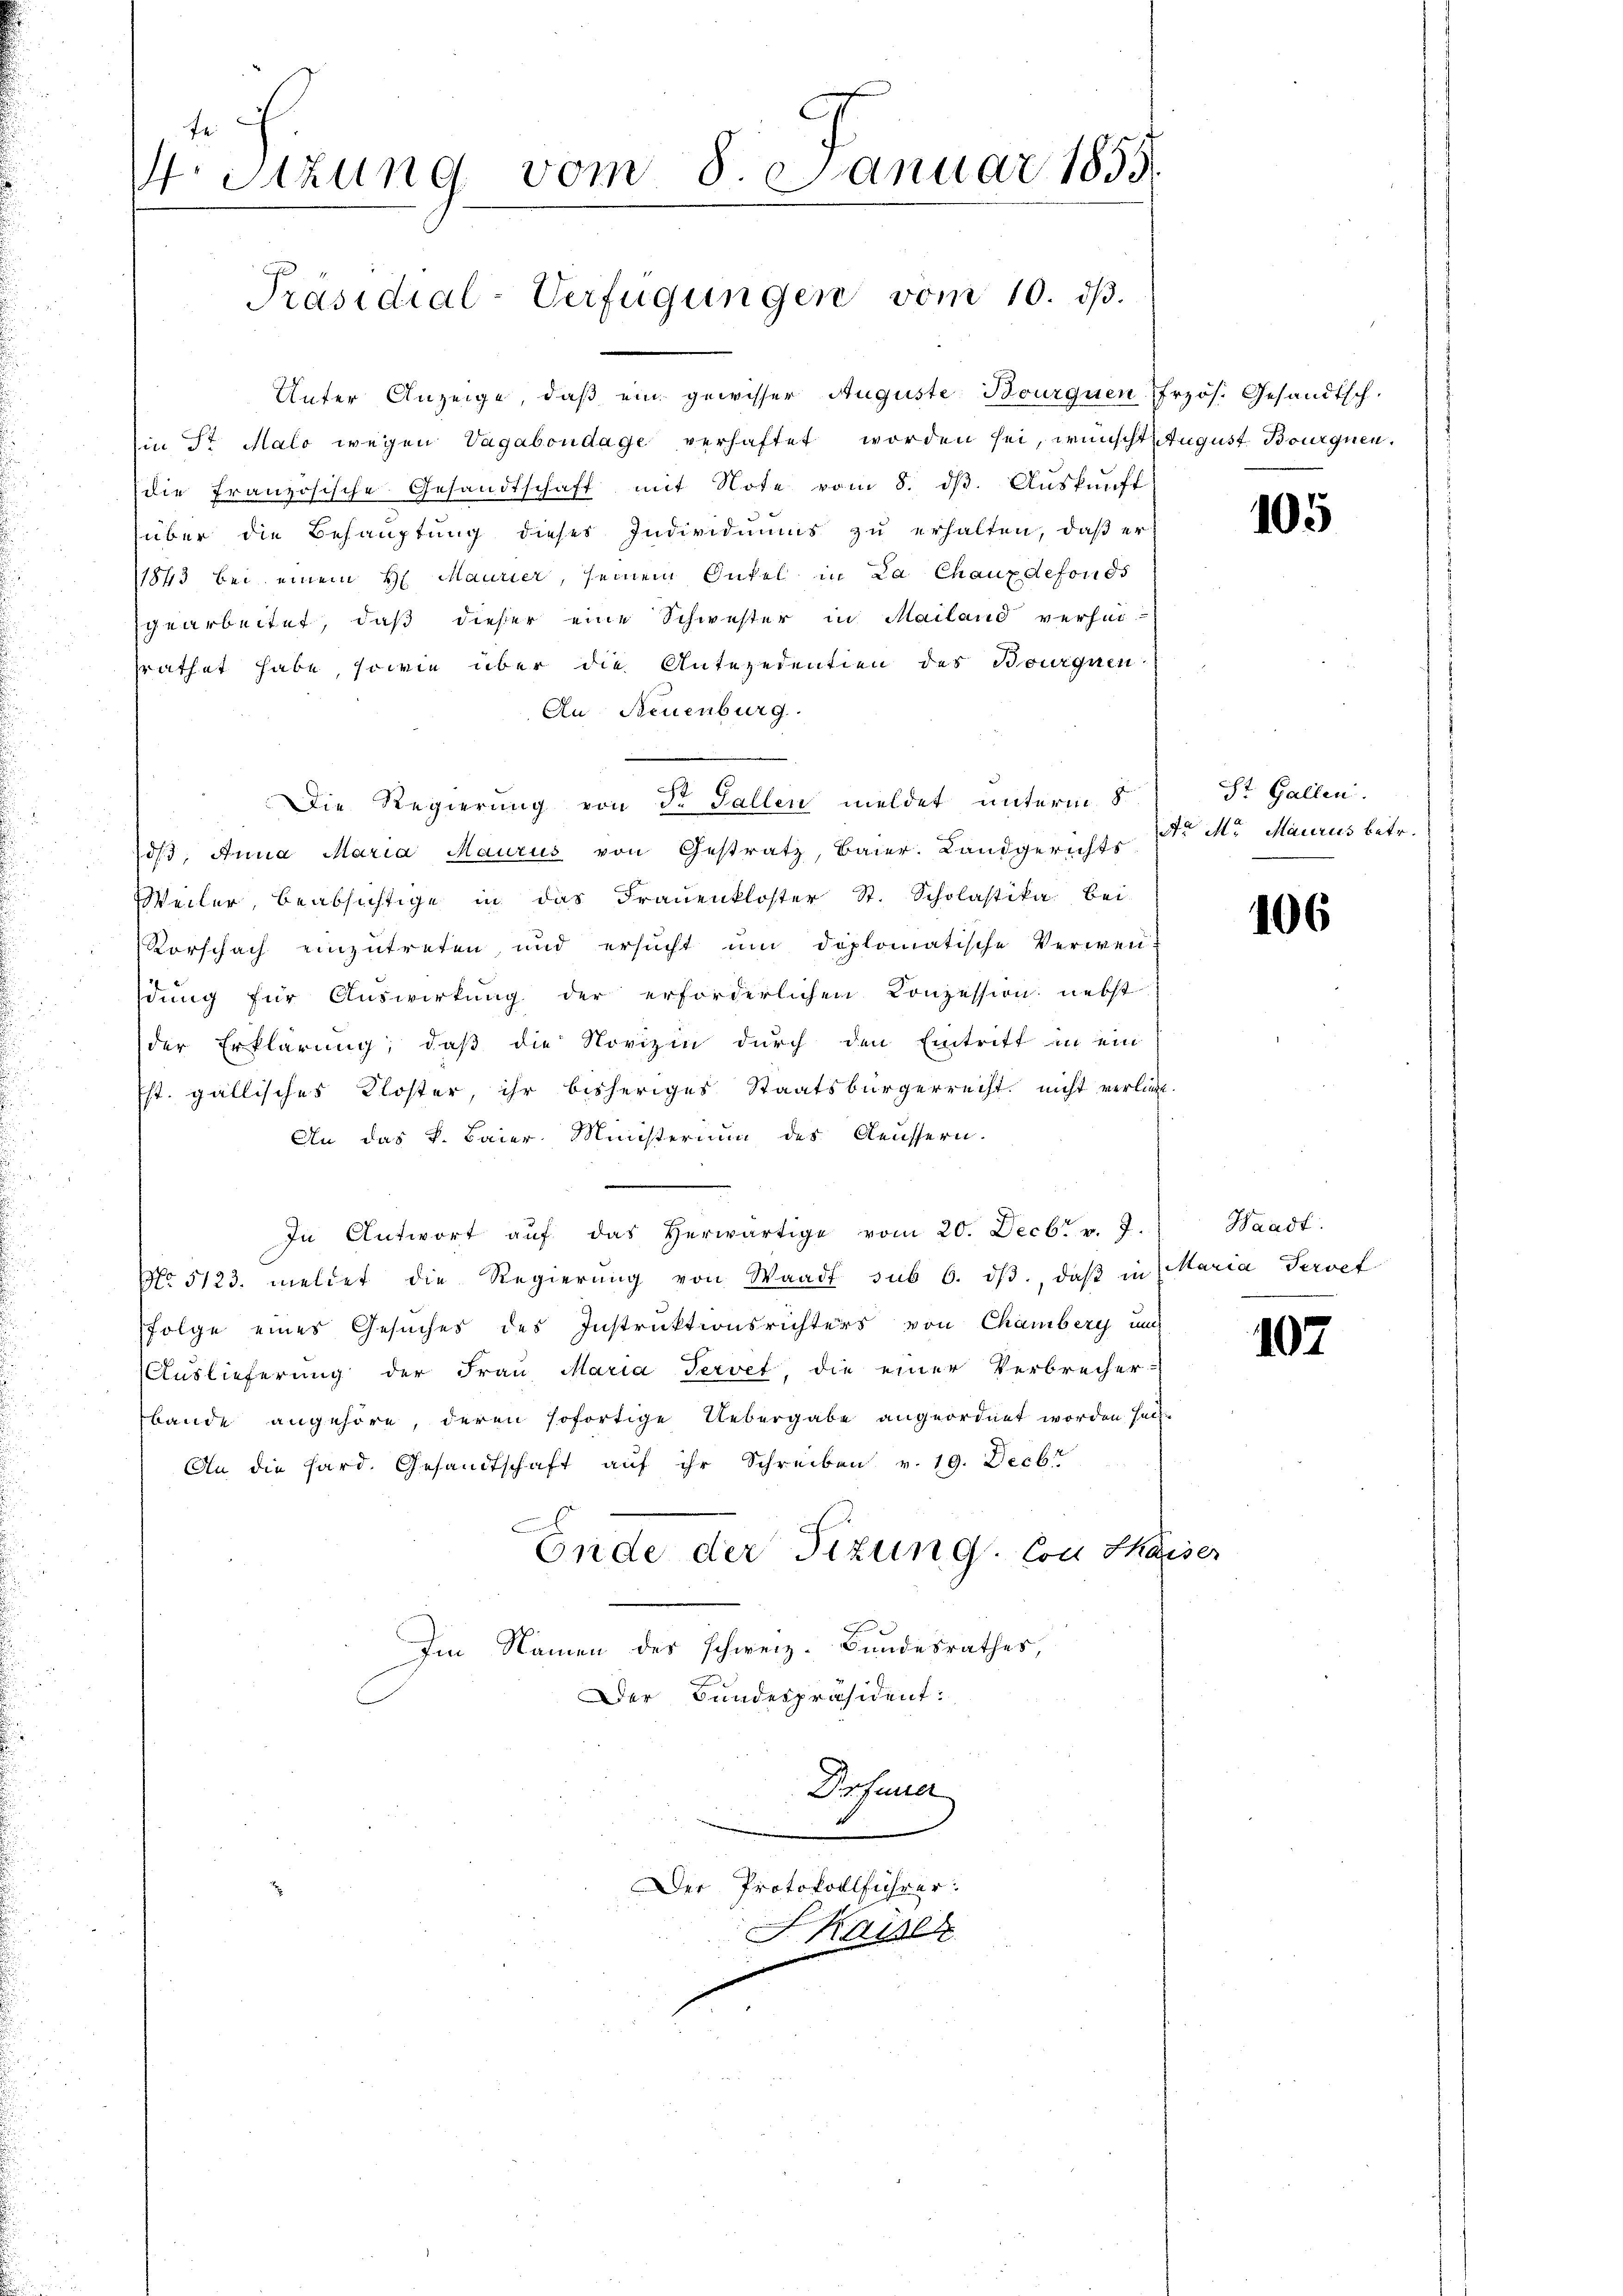
fe:
.Stzung vom 8. Januar 1855.

Präsidial-Verfügungen vom 10. dβ.

Unter Anzeige, daß ein gewisser Auguste Bourquen Przös. Gesandtsch.
in St. Malo wegen Vagabondage verhaftet worden sei, wünscht August Bourgnen.
(die Französische Gesandtschaft mit Note vom 8. dβ. Auskunft
über die Behauptung dieses Individuums zŭ erhalten, daβ er
1873 bei einem H. Maurier, seinem Onkel in La Chauxdefonds
gearbeitet, daß dieser eine Schwester in Mailand verhei-
srathet habe, sowie über die Antezedentien des Bourgnen
An Neuenburg.
d/3, Anna Maria Maurus von Gestratz, Baier. Landgerichts
Weiler, beabsichtige in das Frauenkloster St. Scholastika bei-
Vorschach einzutreten, und ersŭcht ŭm diplomatische Verwen-
dung für Auswirkung der erforderlichen Conzession nebst
der Erklärung, daß die Novizin durch den Eintritt in ein
st. gallisches Kloster, ihr bisheriges Staatsbürgerrecht nicht verlies.
An das k. Baier. Ministerium des Aeussern.
In Antwort aŭf das herwärtige vom 20. Decbr. v. J.
No 5123. meldet die Regierŭng von Waadt sub 6. dβ, daβ in Maria Servef
Folge eines Gesuches des Instruktionsrichters von Chamberg und
Auslieferung der Frau Maria Tervef, die einer Verbrecher-
bande angehöre, deren sofortige Uebergabe angeordnet worden sei.
An die Hard. Gesandtschaft auf ihr Schreiben v. 19. Decbr
Ende der Tizung. Con Chaiser
Im Namen des Schweiz. Bundesrathes,
Der Bundespräsident:
Drfuner

Die Regierung von Dr Fallen meldet unterm 8

Der Protokollführer:
Kaiser

105

ist Gallen.
do M. Maurus betr.

406

Waadt.

107